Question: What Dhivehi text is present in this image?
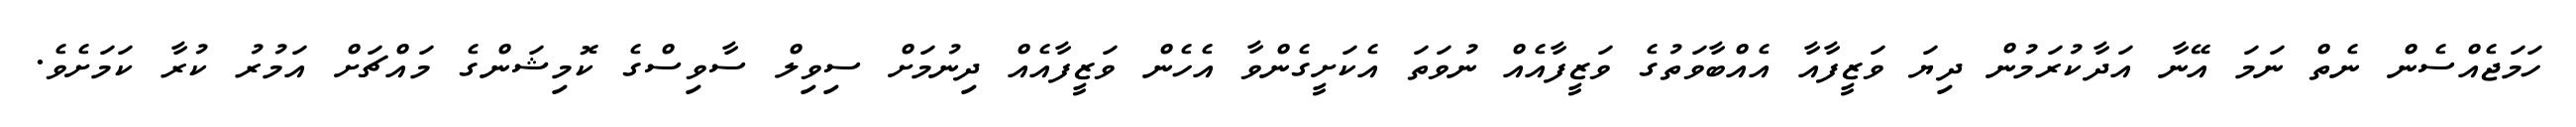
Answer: ހަމަޖެއްސެން ނެތް ނަމަ އޭނާ އަދާކުރަމުން ދިޔަ ވަޒީފާއާ އެއްބާވަތުގެ ވަޒީފާއެއް ނުވަތަ އެކަށީގެންވާ އެހެން ވަޒީފާއެއް ދިނުމަށް ސިވިލް ސާވިސްގެ ކޮމިޝަންގެ މައްޗަށް އަމުރު ކުރާ ކަމަށެވެ.